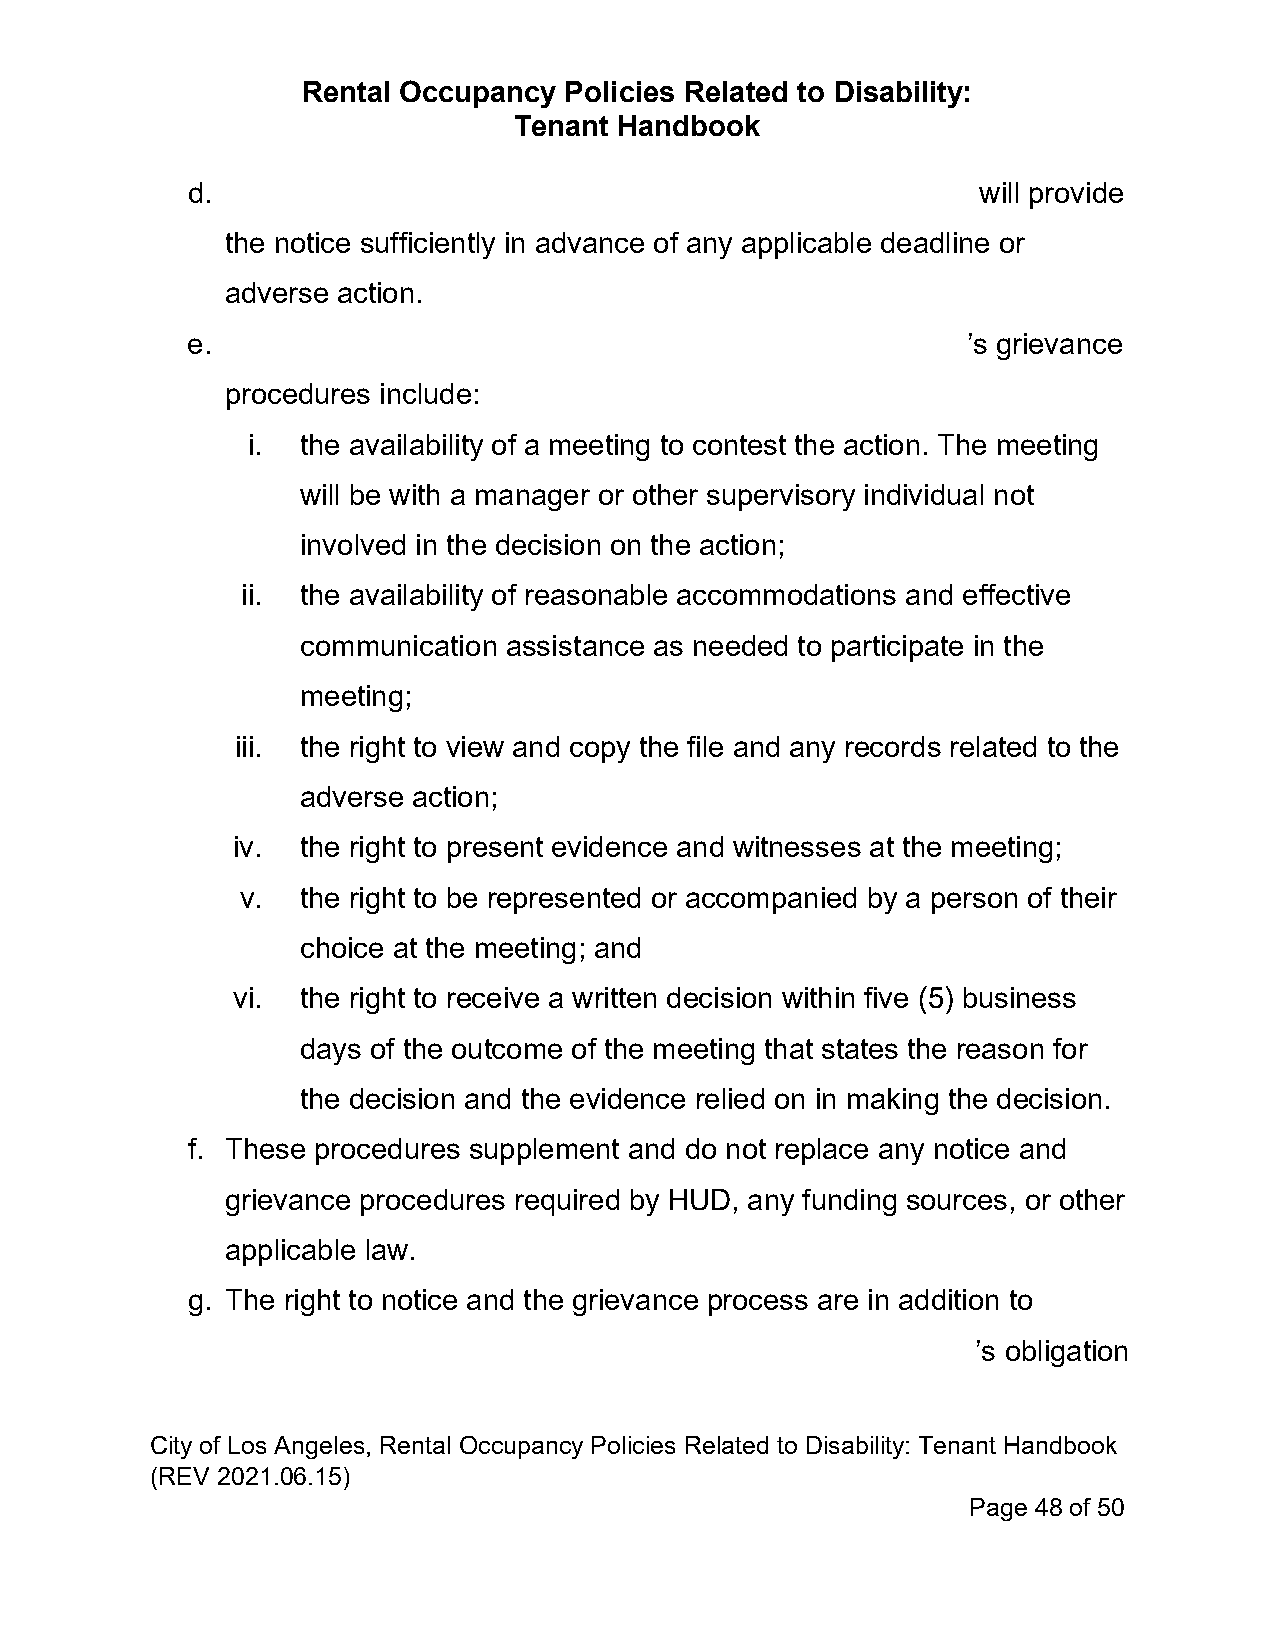
Rental Occupancy Policies Related to Disability:
 Tenant Handbook
 d.                                                   will provide
 the notice sufficiently in advance of any applicable deadline or
 adverse action.
 e.                                                  ’s grievance
 procedures include:
 i.  the availability of a meeting to contest the action. The meeting
 will be with a manager or other supervisory individual not
 involved in the decision on the action;
 ii. the availability of reasonable accommodations and effective
 communication assistance as needed to participate in the
 meeting;
 iii. the right to view and copy the file and any records related to the
 adverse action;
 iv.  the right to present evidence and witnesses at the meeting;
 v.  the right to be represented or accompanied by a person of their
 choice at the meeting; and
 vi.  the right to receive a written decision within five (5) business
 days of the outcome of the meeting that states the reason for
 the decision and the evidence relied on in making the decision.
 f. These procedures supplement and do not replace any notice and
 grievance procedures required by HUD, any funding sources, or other
 applicable law.
 g. The right to notice and the grievance process are in addition to
 ’s obligation
 City of Los Angeles, Rental Occupancy Policies Related to Disability: Tenant Handbook
 (REV 2021.06.15)
 Page 48 of 50